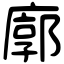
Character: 廓